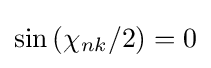
\sin {(\chi _{nk}/2)}=0